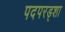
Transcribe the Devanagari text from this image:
पदपरड्शा